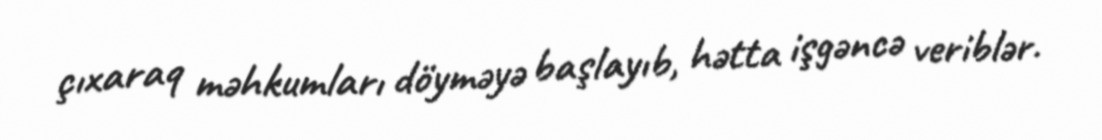
çıxaraq məhkumları döyməyə başlayıb, hətta işgəncə veriblər.